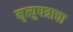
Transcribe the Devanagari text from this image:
मृत्युपत्राचा